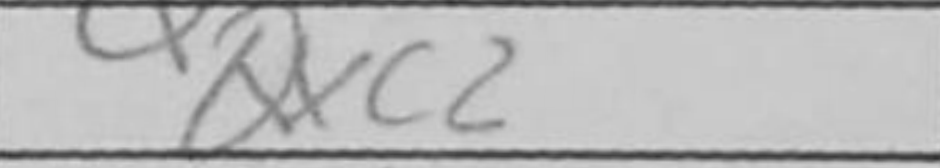
Transcription: Qxc2